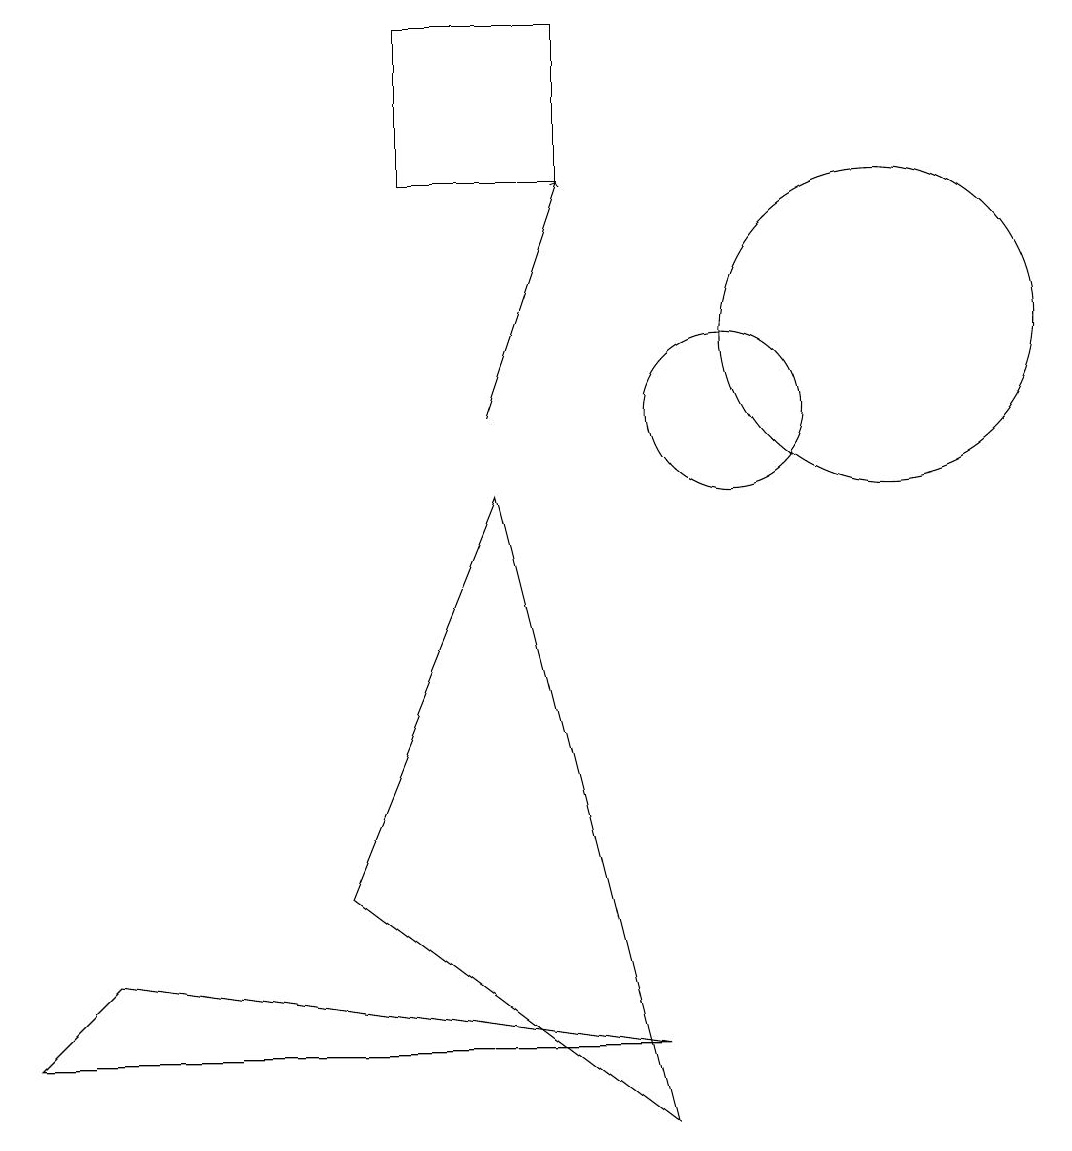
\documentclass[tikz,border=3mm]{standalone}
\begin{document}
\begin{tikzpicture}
\draw (8,15) rectangle (6,13);
\draw[->] (7,10) -- (8,13);
\draw (7,9) -- (5,4) -- (9,1) -- cycle;
\draw (9,2) -- (1,2) -- (2,3) -- cycle;
\draw (10,10) circle (1);
\draw (12,11) circle (2);
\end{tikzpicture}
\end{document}